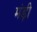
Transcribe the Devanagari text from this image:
मंड़ी